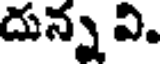
దున్న వి.